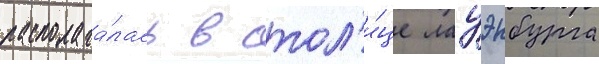
располага́лась в стол'и́це лауэнбурга